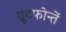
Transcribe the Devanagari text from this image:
ग्रूटफोन्तें